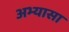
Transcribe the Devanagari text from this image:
अभ्यासा